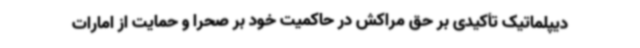
دیپلماتیک تأکیدی بر حق مراکش در حاکمیت خود بر صحرا و حمایت از امارات